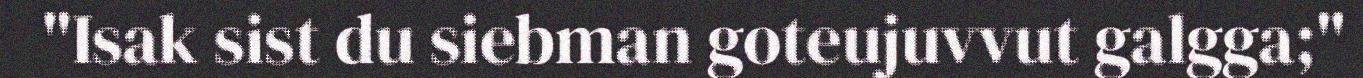
"Isak sist du siebman goteujuvvut galgga;"